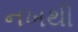
નખથી